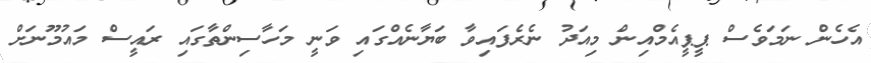
އެހެން ނަމަވެސް ޕީޕީއެމްއިން މިއަދު ނެރެފައިވާ ބަޔާނެއްގައި ވަނީ މަހާސިންތާގައި ރައީސް މައުމޫނަށް